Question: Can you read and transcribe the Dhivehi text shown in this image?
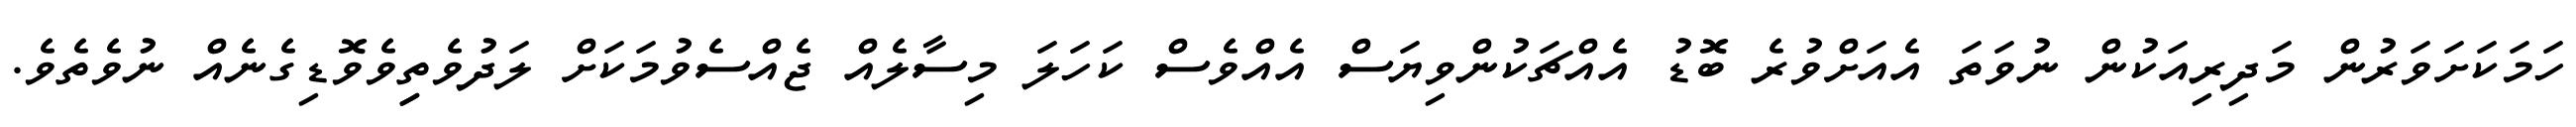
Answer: ހަމަކަށަވަރުން މަދިރިއަކުން ނުވަތަ އެއަށްވުރެ ބޮޑު އެއްޗަކުންވިޔަސް އެއްވެސް ކަހަލަ މިސާލެއް ޖެއްސެވުމަކަށް ލަދުވެތިިވެވޮޑިގެނެއް ނުވެތެވެ.